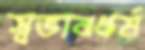
স্বভাবধর্ম